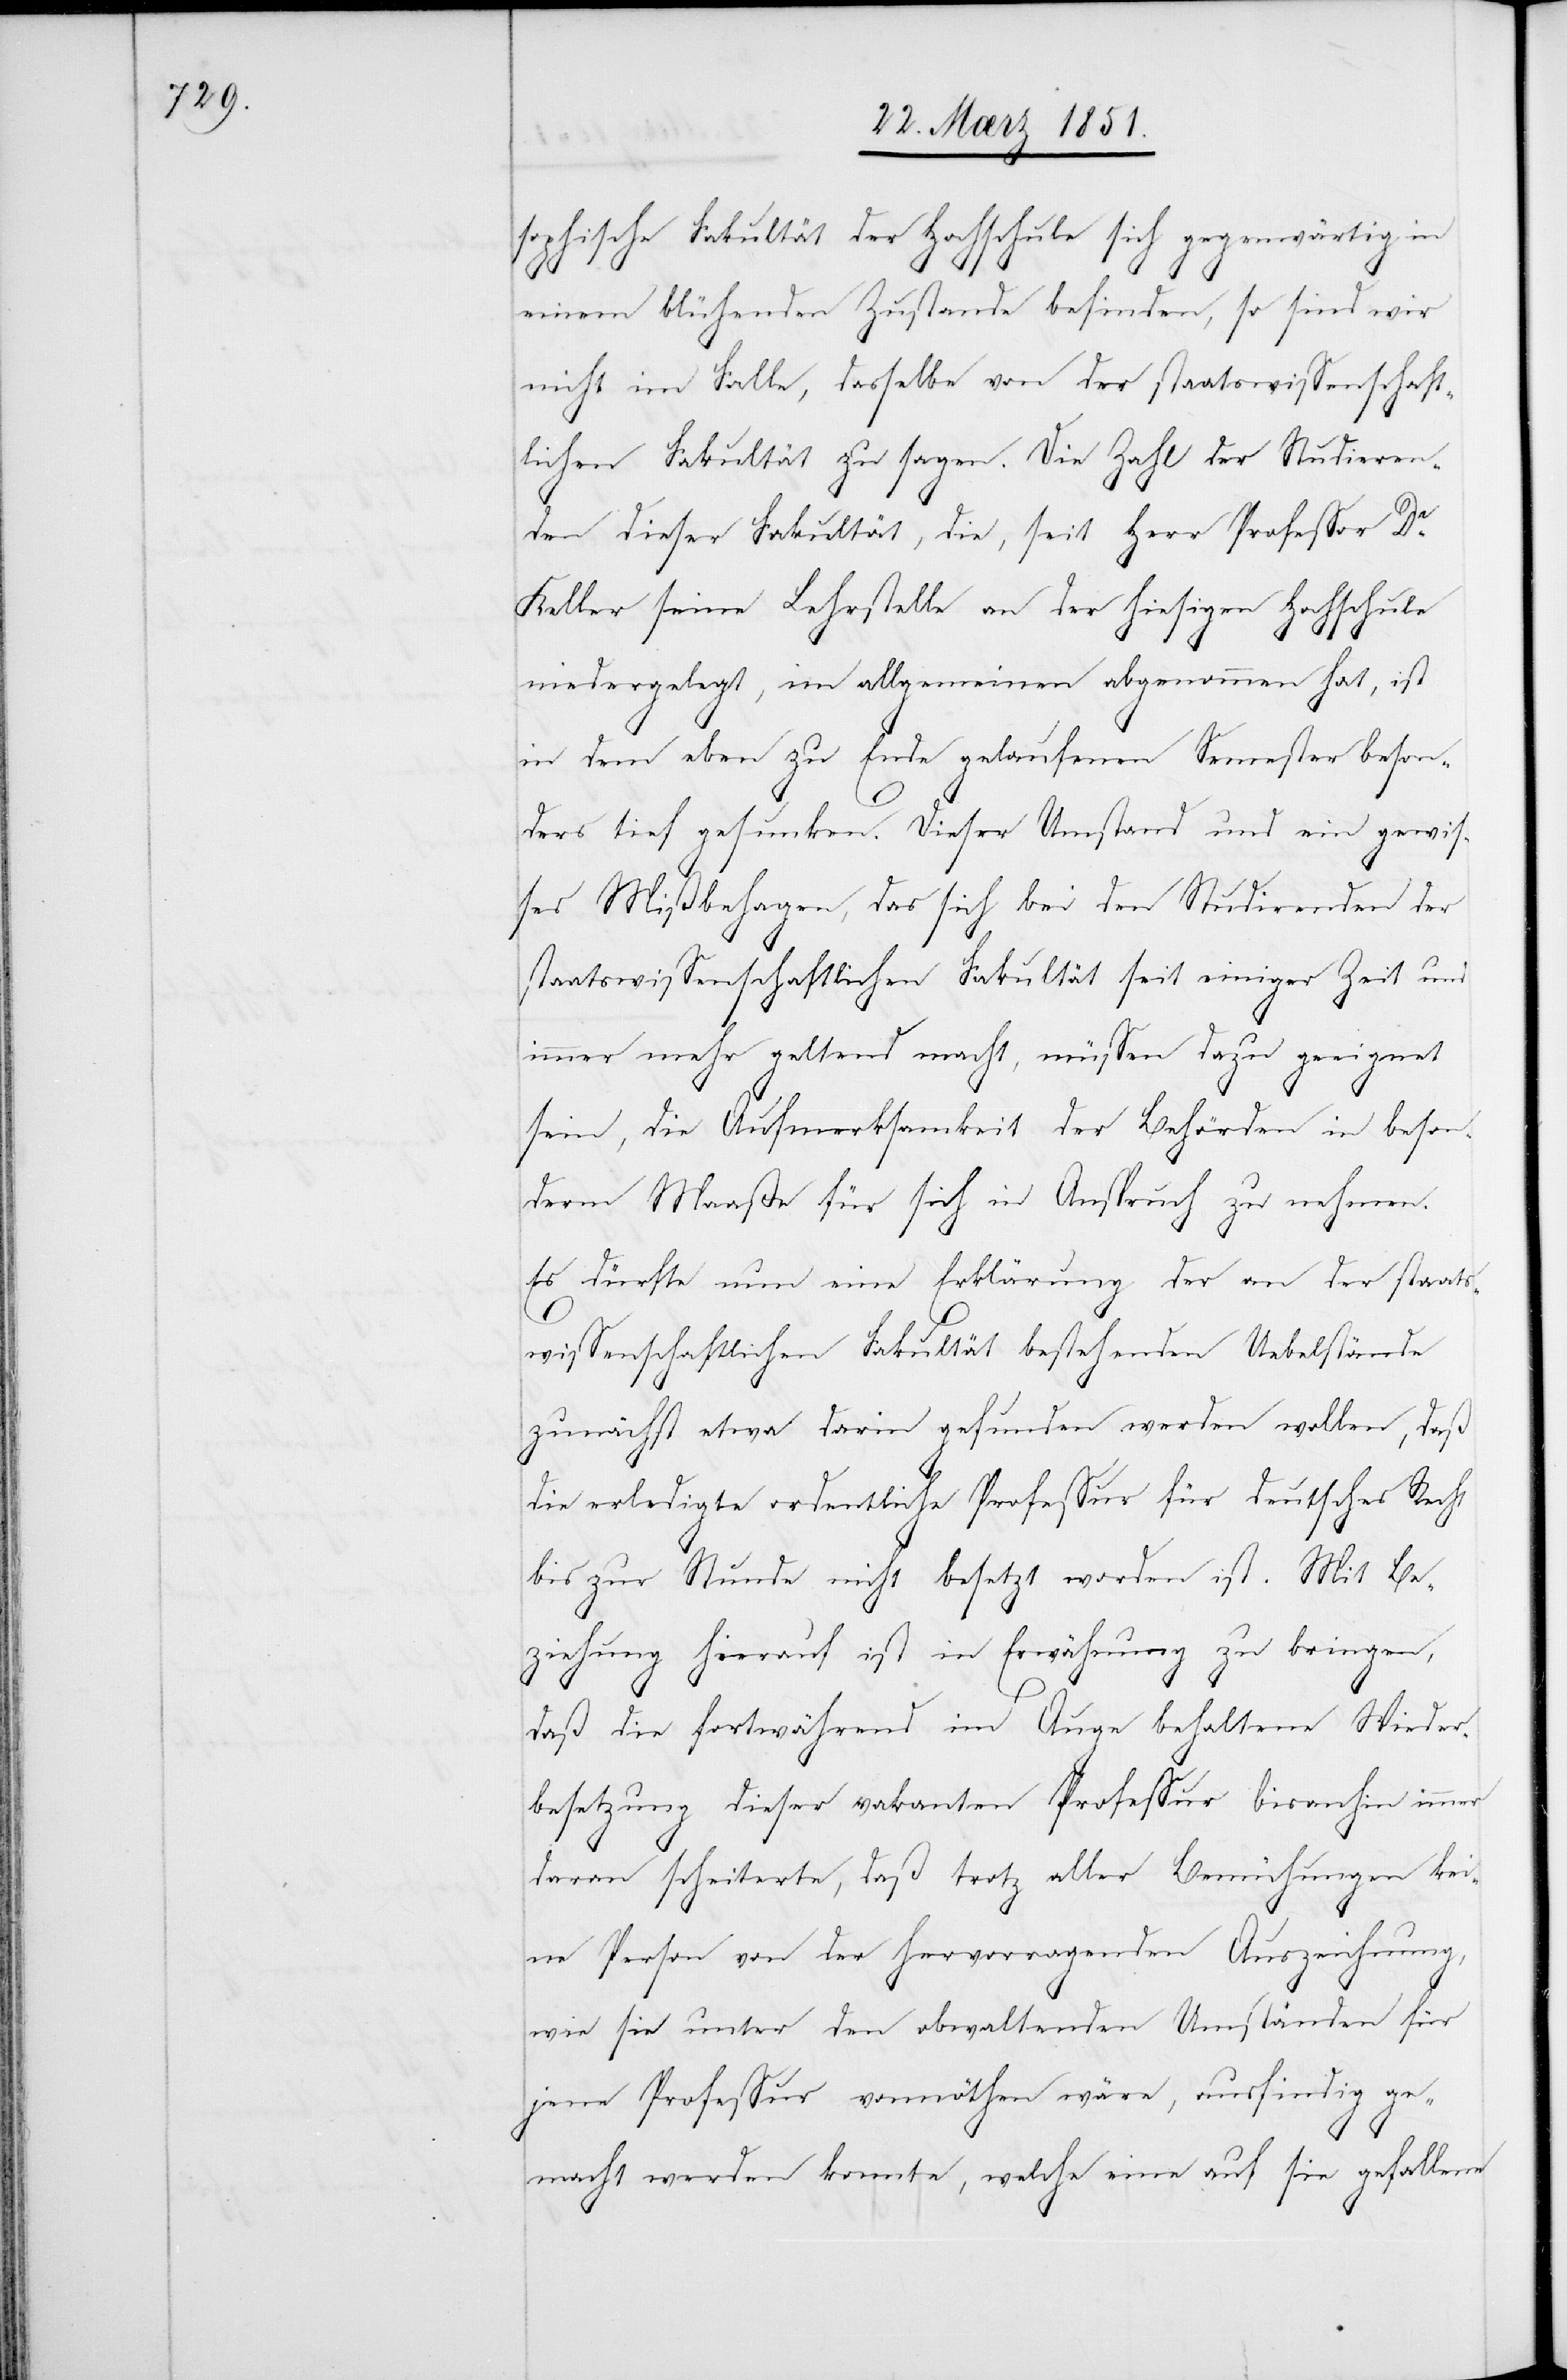
sophische Fakultät der Hochschule sich gegenwärtig in
einem blühenden Zustande befinden, so sind wir
nicht im Falle, dasselbe von der staatswissenschaft¬
lichen Fakultät zu sagen. Die Zahl der Studieren¬
den dieser Fakultät, die, seit Herr Professor Dr.
Keller seine Lehrstelle an der hiesigen Hochschule
niedergelegt, im allgemeinen abgenommen hat, ist
in dem eben zu Ende gelaufenen Semester beson¬
ders tief gesunken. Dieser Umstand und ein gewis¬
ses Mißbehagen, das sich bei den Studirenden der
staatswissenschaftlichen Fakultät seit einiger Zeit und
immer mehr geltend macht, müssen dazu geeignet
sein, die Aufmerksamkeit der Behörden in beson¬
derm Maaße für sich in Anspruch zu nehmen.
Es dürfte nun eine Erklärung der an der staats¬
wissenschaftlichen Fakultät bestehenden Uebelstände
zunächst etwa darin gefunden werden wollen, daß
die erledigte ordentliche Professur für deutsches Recht
bis zur Stunde nicht besetzt worden ist. Mit Be¬
ziehung hierauf ist in Erwähnung zu bringen,
daß die fortwährend im Auge behaltene Wieder¬
besetzung dieser vakanten Professur bisanhin immer
daran scheiterte, daß trotz aller Bemühungen kei¬
ne Person von der hervorragenden Auszeichnung,
wie sie unter den obwaltenden Umständen für
jene Professur vonnöthen wäre, ausfindig ge¬
macht werden konnte, welche eine auf sie gefallene